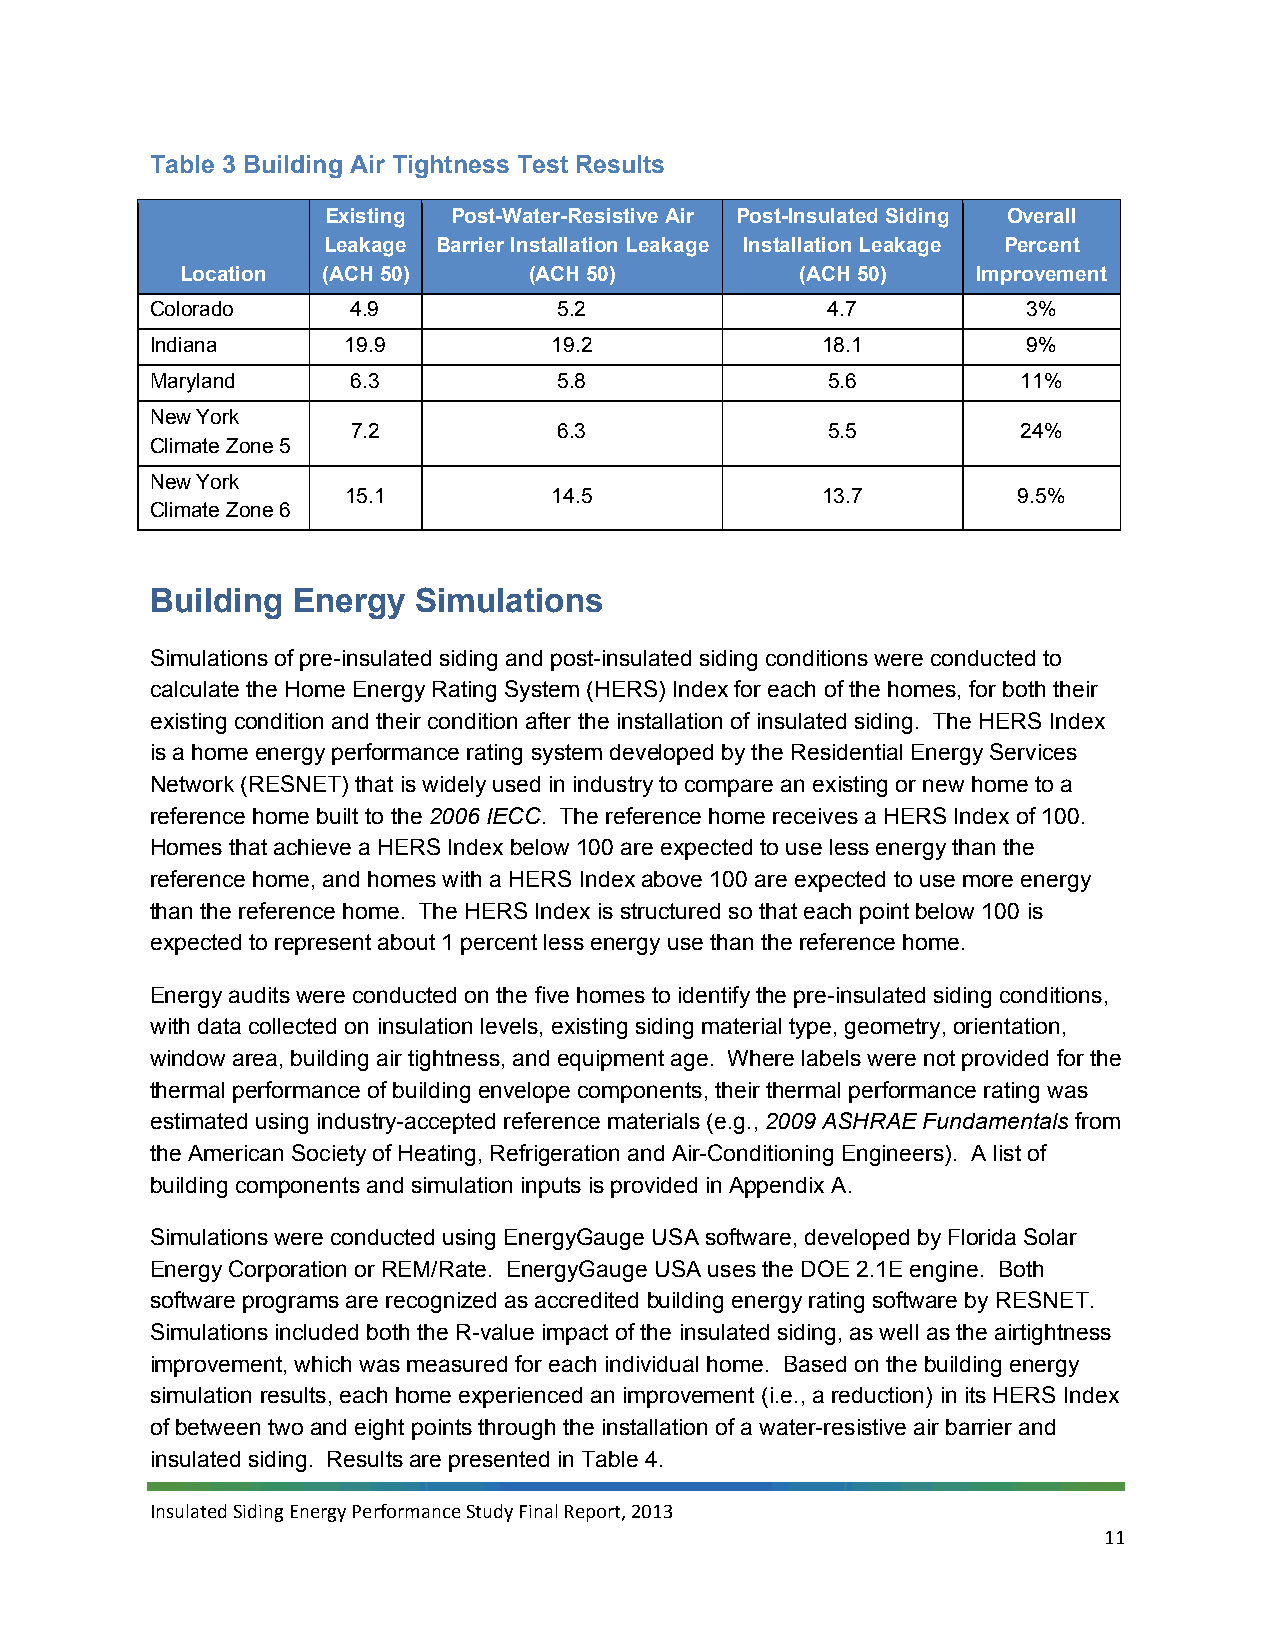
Table 3 Building Air Tightness Test Results
 Existing Post-Water-Resistive Air Post-Insulated Siding Overall
 Leakage Barrier Installation Leakage Installation Leakage Percent
 Location (ACH 50)      (ACH 50)          (ACH 50)    Improvement
 Colorado     4.9           5.2               4.7          3%
 Indiana      19.9          19.2             18.1          9%
 Maryland     6.3           5.8               5.6          11%
 New York
 7.2           6.3               5.5          24%
 Climate Zone 5
 New York
 15.1          14.5             13.7         9.5%
 Climate Zone 6
 Building Energy  Simulations
 Simulations of pre-insulated siding and post-insulated siding conditions were conducted to
 calculate the Home Energy Rating System (HERS) Index for each of the homes, for both their
 existing condition and their condition after the installation of insulated siding. The HERS Index
 is a home energy performance rating system developed by the Residential Energy Services
 Network (RESNET) that is widely used in industry to compare an existing or new home to a
 reference home built to the 2006 IECC. The reference home receives a HERS Index of 100.
 Homes that achieve a HERS Index below 100 are expected to use less energy than the
 reference home, and homes with a HERS Index above 100 are expected to use more energy
 than the reference home. The HERS Index is structured so that each point below 100 is
 expected to represent about 1 percent less energy use than the reference home.
 Energy audits were conducted on the five homes to identify the pre-insulated siding conditions,
 with data collected on insulation levels, existing siding material type, geometry, orientation,
 window area, building air tightness, and equipment age. Where labels were not provided for the
 thermal performance of building envelope components, their thermal performance rating was
 estimated using industry-accepted reference materials (e.g., 2009 ASHRAE Fundamentals from
 the American Society of Heating, Refrigeration and Air-Conditioning Engineers). A list of
 building components and simulation inputs is provided in Appendix A.
 Simulations were conducted using EnergyGauge USA software, developed by Florida Solar
 Energy Corporation or REM/Rate. EnergyGauge USA uses the DOE 2.1E engine. Both
 software programs are recognized as accredited building energy rating software by RESNET.
 Simulations included both the R-value impact of the insulated siding, as well as the airtightness
 improvement, which was measured for each individual home. Based on the building energy
 simulation results, each home experienced an improvement (i.e., a reduction) in its HERS Index
 of between two and eight points through the installation of a water-resistive air barrier and
 insulated siding. Results are presented in Table 4.
 Insulated Siding Energy Performance Study Final Report, 2013
 11